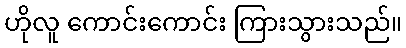
ဟိုလူ ကောင်းကောင်း ကြားသွားသည်။